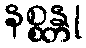
နစ္စန္တု